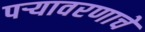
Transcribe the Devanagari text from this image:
पऱ्यावरणाचे